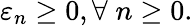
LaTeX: \varepsilon_{n}\geq 0,\forall\; n\geq 0.